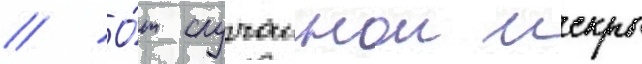
// О́т случаинои искры